Indian journal of veterinary science and animal husbandry - Volumes 18-21, 1948-1951
Year: 1948
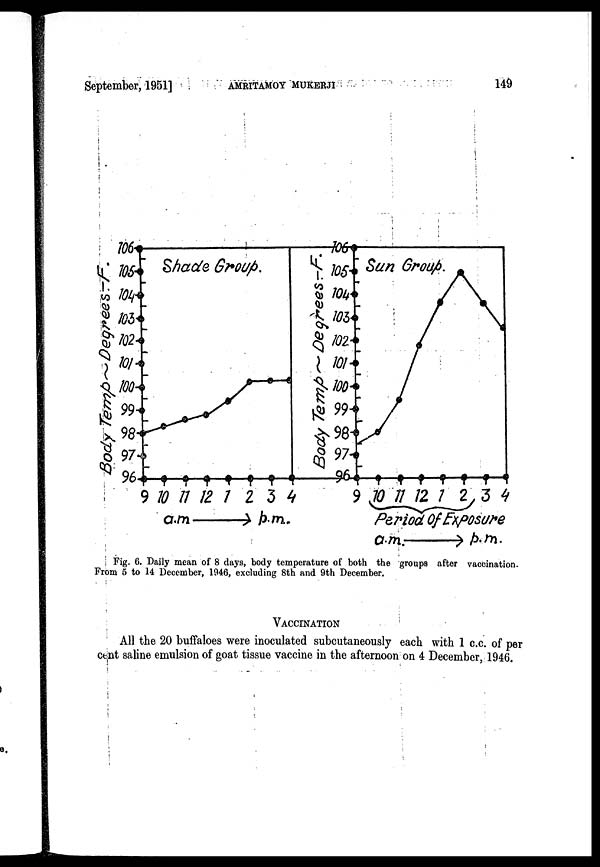
September, 1951]
AMRITAMOY
MUKHERJI
149
Fig. 6. Daily mean of 8 days, body temperature of both the groups after vaccination.
From 5 to 14 December, 1946, excluding 8th and 9th December.
VACCINATION
All the 20 buffaloes were inoculated subcutaneously each with 1 c.c. of per
cent saline emulsion of goat tissue vaccine in the afternoon on 4 December 1946.